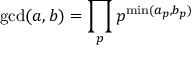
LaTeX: \operatorname* { g c d } ( a , b ) = \prod _ { p } p ^ { \operatorname* { m i n } ( a _ { p } , b _ { p } ) }